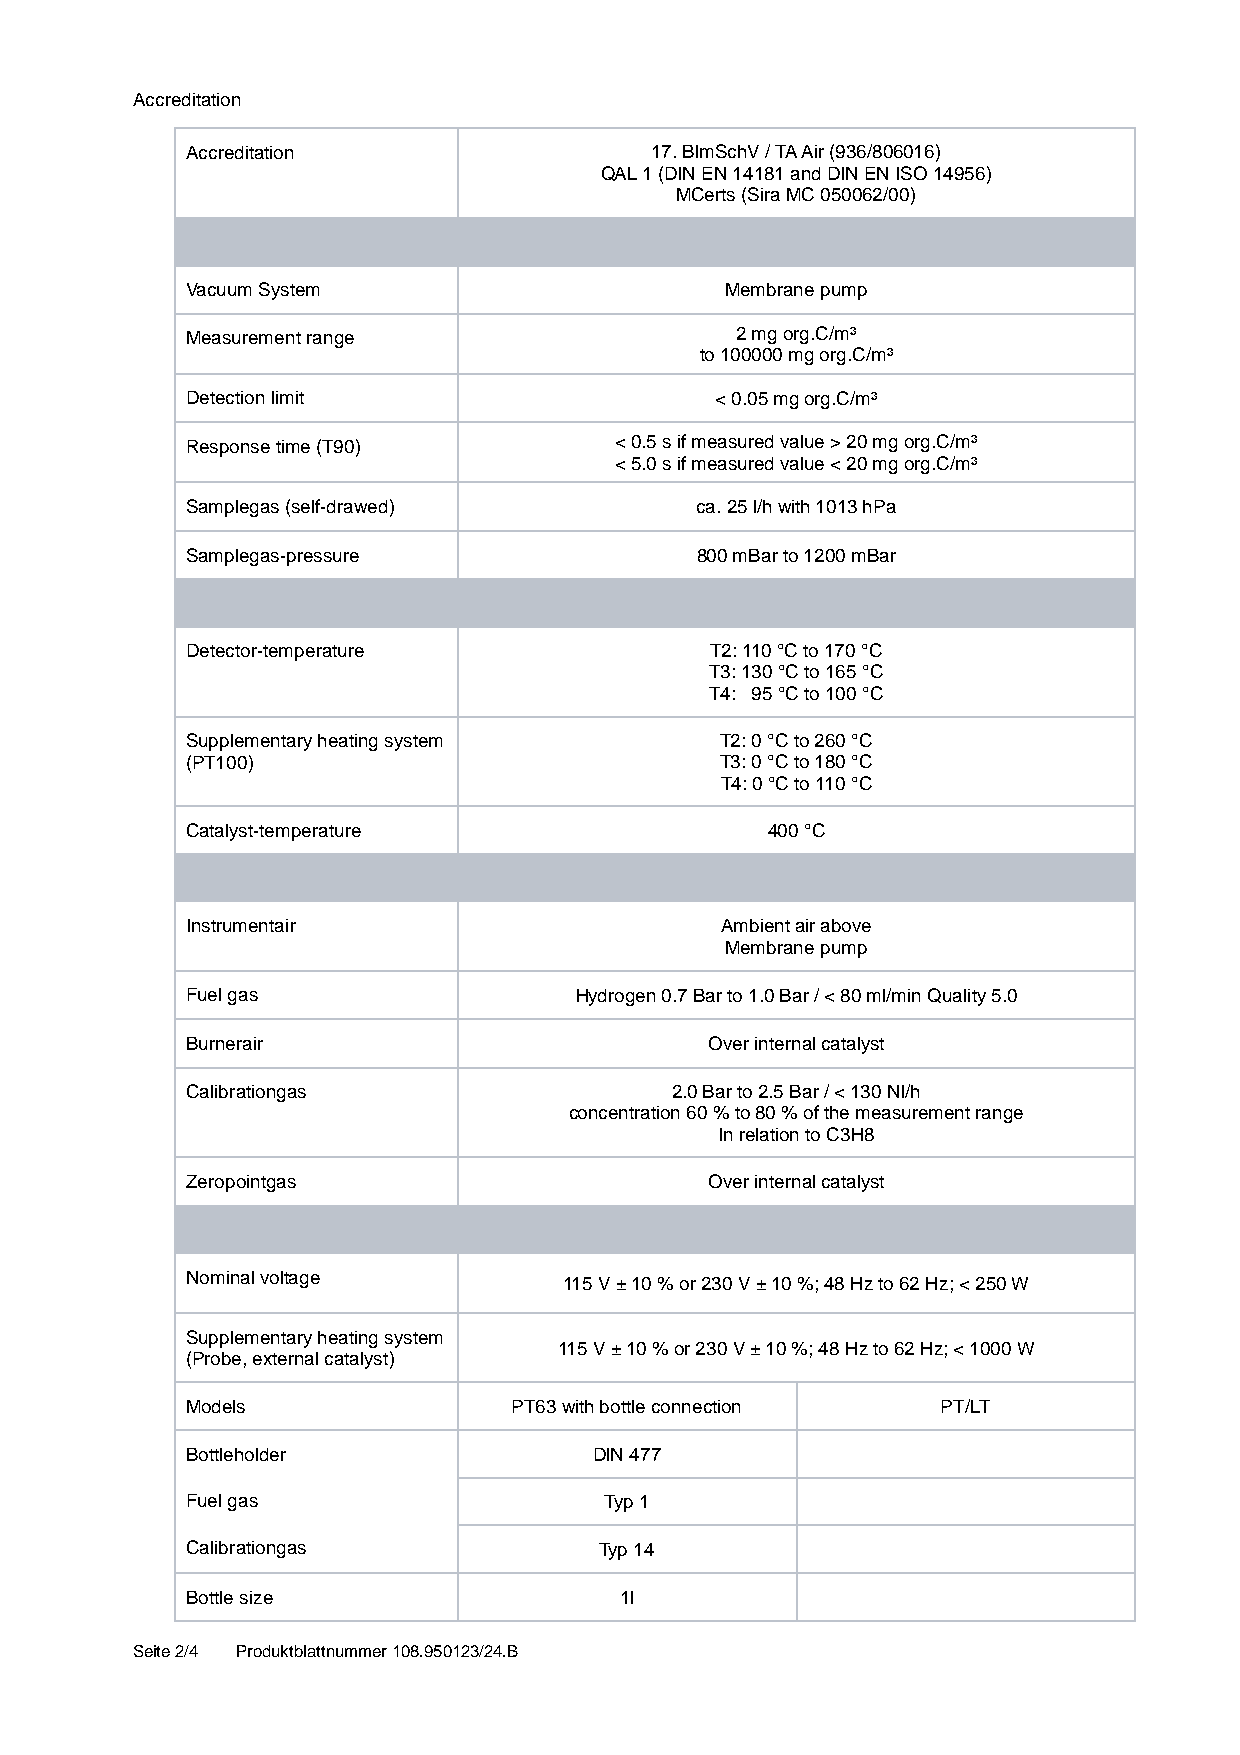
Accreditation
 Accreditation                  17. BImSchV / TA Air (936/806016)
 QAL 1 (DIN EN 14181 and DIN EN ISO 14956)
 MCerts (Sira MC 050062/00)
 Vacuum System                       Membrane pump
 Measurement range                    2 mg org.C/m³
 to 100000 mg org.C/m³
 Detection limit                    < 0.05 mg org.C/m³
 Response time (T90)          < 0.5 s if measured value > 20 mg org.C/m³
 < 5.0 s if measured value < 20 mg org.C/m³
 Samplegas (self-drawed)           ca. 25 l/h with 1013 hPa
 Samplegas-pressure                800 mBar to 1200 mBar
 Detector-temperature               T2: 110 °C to 170 °C
 T3: 130 °C to 165 °C
 T4: 95 °C to 100 °C
 Supplementary heating system        T2: 0 °C to 260 °C
 (PT100)                             T3: 0 °C to 180 °C
 T4: 0 °C to 110 °C
 Catalyst-temperature                   400 °C
 Instrumentair                       Ambient air above
 Membrane pump
 Fuel gas                  Hydrogen 0.7 Bar to 1.0 Bar / < 80 ml/min Quality 5.0
 Burnerair                          Over internal catalyst
 Calibrationgas                  2.0 Bar to 2.5 Bar / < 130 Nl/h
 concentration 60 % to 80 % of the measurement range
 In relation to C3H8
 Zeropointgas                       Over internal catalyst
 Nominal voltage          115 V ± 10 % or 230 V ± 10 %; 48 Hz to 62 Hz; < 250 W
 Supplementary heating system
 115 V ± 10 % or 230 V ± 10 %; 48 Hz to 62 Hz; < 1000 W
 (Probe, external catalyst)
 Models                PT63 with bottle connection PT/LT
 Bottleholder               DIN 477
 Fuel gas                    Typ 1
 Calibrationgas              Typ 14
 Bottle size                  1l
 Seite 2/4 Produktblattnummer 108.950123/24.B